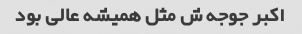
اکبر جوجه ش مثل همیشه عالی بود